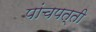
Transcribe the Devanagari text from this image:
पांचपत्ती